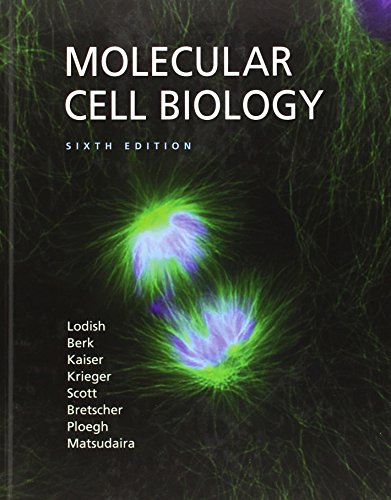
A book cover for Molecular Cell Biology (Lodish, Molecular Cell Biology); Harvey Lodish; Medical Books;